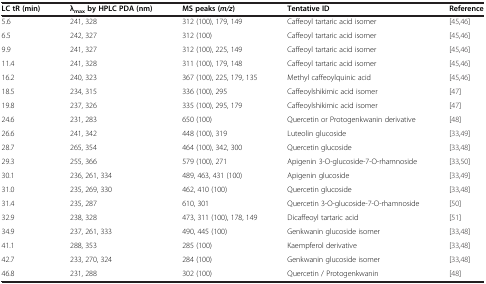
<table><thead><tr><td><b>LC tR (min)</b></td><td><b>λ<sub>max</sub>by HPLC PDA (nm)</b></td><td><b>MS peaks (<i>m/z </i>)</b></td><td><b>Tentative ID</b></td><td><b>Reference</b></td></tr></thead><tbody><tr><td>5.6</td><td>241, 328</td><td>312 (100), 179, 149</td><td>Caffeoyl tartaric acid isomer</td><td>[45,46]</td></tr><tr><td>6.5</td><td>242, 327</td><td>312 (100)</td><td>Caffeoyl tartaric acid isomer</td><td>[45,46]</td></tr><tr><td>9.9</td><td>241, 327</td><td>312 (100), 225, 149</td><td>Caffeoyl tartaric acid isomer</td><td>[45,46]</td></tr><tr><td>11.4</td><td>241, 328</td><td>311 (100), 179, 148</td><td>Caffeoyl tartaric acid isomer</td><td>[45,46]</td></tr><tr><td>16.2</td><td>240, 323</td><td>367 (100), 225, 179, 135</td><td>Methyl caffeoylquinic acid</td><td>[45,46]</td></tr><tr><td>18.5</td><td>234, 315</td><td>336 (100), 295</td><td>Caffeoylshikimic acid isomer</td><td>[47]</td></tr><tr><td>19.8</td><td>237, 326</td><td>335 (100), 295, 179</td><td>Caffeoylshikimic acid isomer</td><td>[47]</td></tr><tr><td>24.6</td><td>231, 283</td><td>650 (100)</td><td>Quercetin or Protogenkwanin derivative</td><td>[48]</td></tr><tr><td>26.6</td><td>241, 342</td><td>448 (100), 319</td><td>Luteolin glucoside</td><td>[33,49]</td></tr><tr><td>28.7</td><td>265, 354</td><td>464 (100), 342, 300</td><td>Quercetin glucoside</td><td>[33,48]</td></tr><tr><td>29.3</td><td>255, 366</td><td>579 (100), 271</td><td>Apigenin 3-O-glucoside-7-O-rhamnoside</td><td>[33,50]</td></tr><tr><td>30.1</td><td>236, 261, 334</td><td>489, 463, 431 (100)</td><td>Apigenin glucoside</td><td>[33,49]</td></tr><tr><td>31.0</td><td>235, 269, 330</td><td>462, 410 (100)</td><td>Quercetin glucoside</td><td>[33,48]</td></tr><tr><td>31.4</td><td>235, 287</td><td>610, 301</td><td>Quercetin 3-O-glucoside-7-O-rhamnoside</td><td>[50]</td></tr><tr><td>32.9</td><td>238, 328</td><td>473, 311 (100), 178, 149</td><td>Dicaffeoyl tartaric acid</td><td>[51]</td></tr><tr><td>34.9</td><td>237, 261, 333</td><td>490, 445 (100)</td><td>Genkwanin glucoside isomer</td><td>[33,48]</td></tr><tr><td>41.1</td><td>288, 353</td><td>285 (100)</td><td>Kaempferol derivative</td><td>[33,48]</td></tr><tr><td>42.7</td><td>233, 270, 324</td><td>284 (100)</td><td>Genkwanin glucoside isomer</td><td>[33,48]</td></tr><tr><td>46.8</td><td>231, 288</td><td>302 (100)</td><td>Quercetin / Protogenkwanin</td><td>[48]</td></tr></tbody></table>